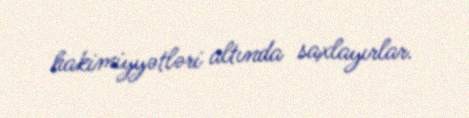
hakimiyyətləri altında saxlayırlar.